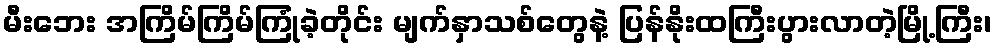
မီးဘေး အကြိမ်ကြိမ်ကြုံခဲ့တိုင်း မျက်နှာသစ်တွေနဲ့ ပြန်နိုးထကြီးပွားလာတဲ့မြို့ကြီး၊